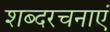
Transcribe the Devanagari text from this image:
शब्दरचनाएं